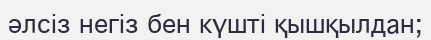
әлсіз негіз бен күшті қышқылдан;